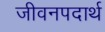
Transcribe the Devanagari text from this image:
जीवनपदार्थ